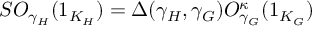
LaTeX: S O _ { \gamma _ { H } } ( 1 _ { K _ { H } } ) = \Delta ( \gamma _ { H } , \gamma _ { G } ) O _ { \gamma _ { G } } ^ { \kappa } ( 1 _ { K _ { G } } )